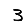
Digit: 3